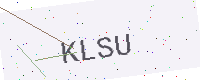
Text: KLSU